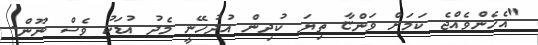
"އެހެންވެއްޖެ ކަަމަށް ވަންޏާ ތިޔަ ކުދިން އުދުހޭނީ މެދު އުޑަކު ވެސް ނޫން.